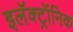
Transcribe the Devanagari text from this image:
इलॅक्ट्रॉनिक